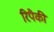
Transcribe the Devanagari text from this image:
रिपैकी